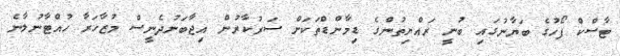
ޓާސްކް ފޯހުގެ ބަޔާނުގައި ބުނީ ރައްޔިތުންގެ ޑިމާންޑްތަކަށް ސަރުކާރުން އިޖާބަނުދެނީސް މުޒާހަރާ ހުއްޓާނުލާނެ